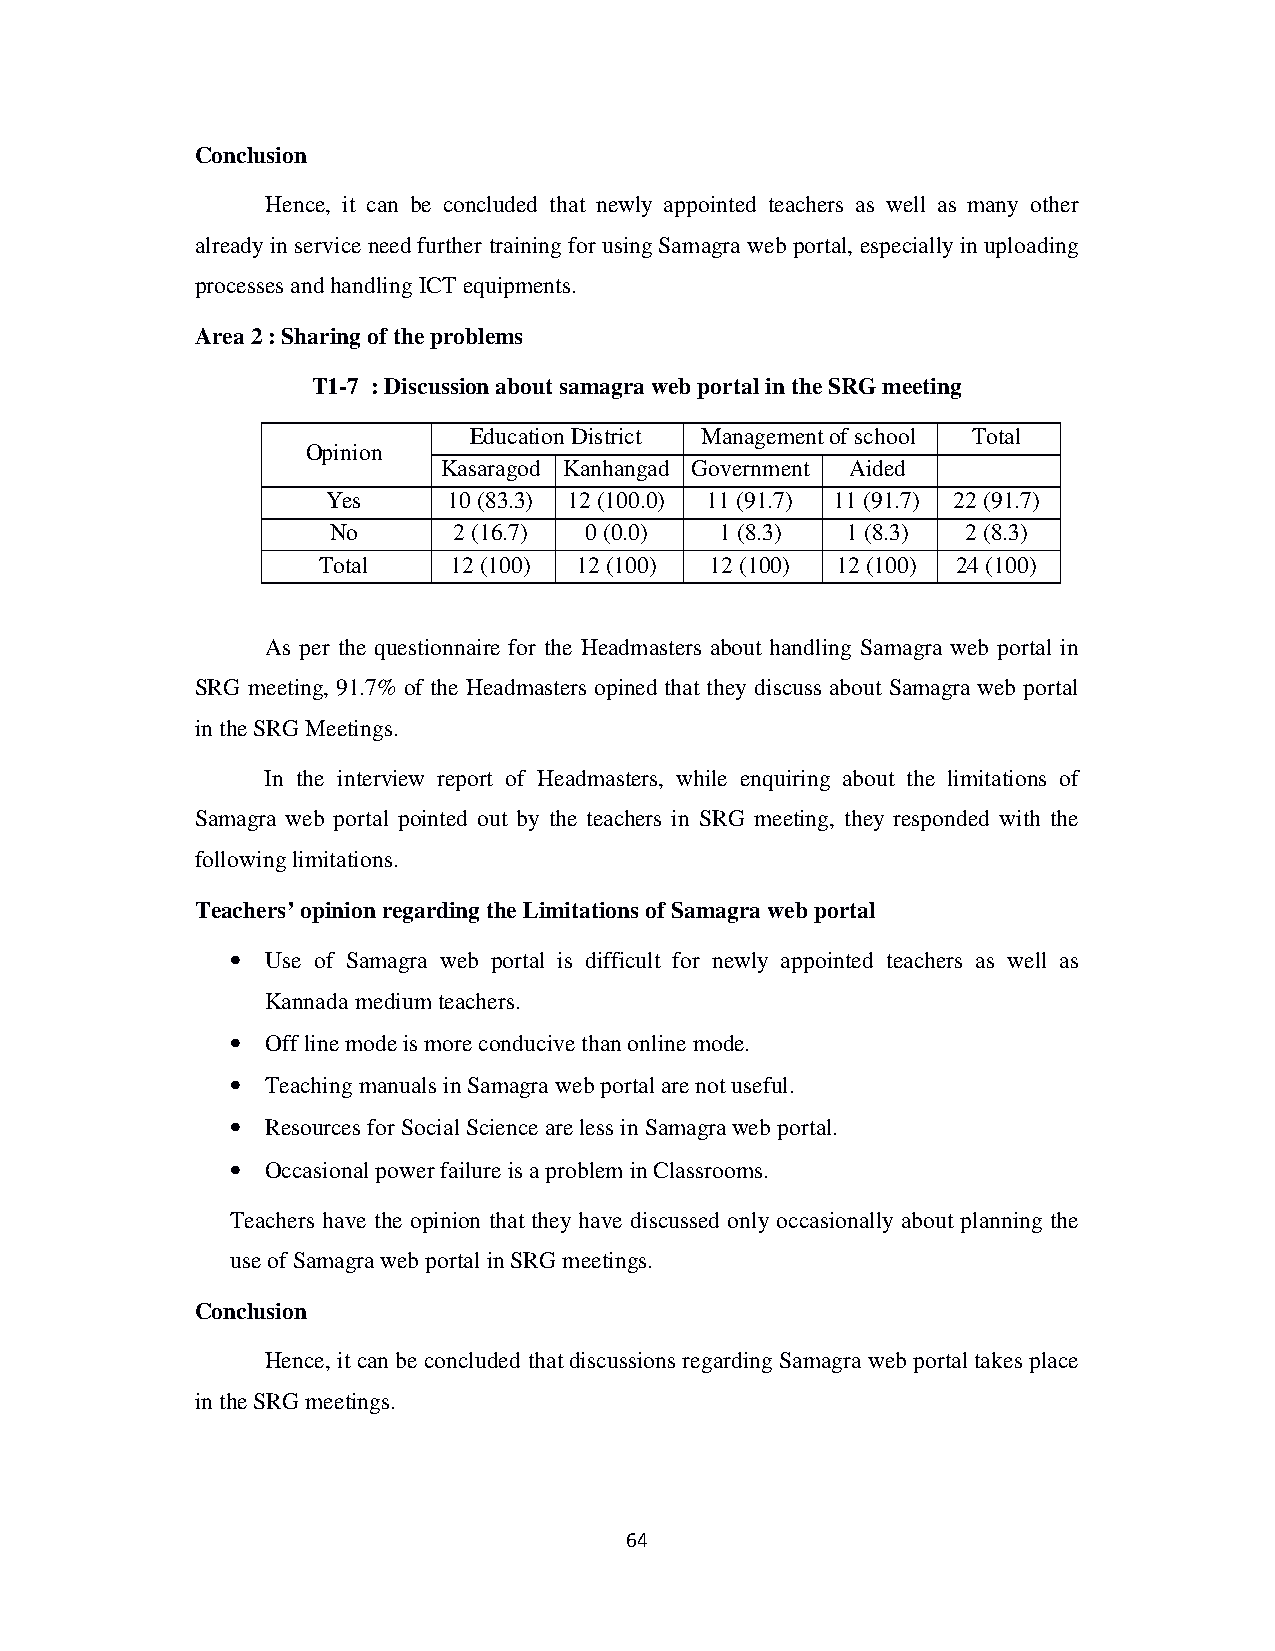
Conclusion
 Hence, it can be concluded that newly appointed teachers as well as many other
 already in service need further training for using Samagra web portal, especially in uploading
 processes and handling ICT equipments.
 Area 2 : Sharing of the problems
 T1-7 : Discussion about samagra web portal in the SRG meeting
 Education District Management of school Total
 Opinion
 Kasaragod Kanhangad Government Aided
 Yes     10 (83.3) 12 (100.0) 11 (91.7) 11 (91.7) 22 (91.7)
 No      2 (16.7) 0 (0.0)  1 (8.3) 1 (8.3) 2 (8.3)
 Total    12 (100) 12 (100) 12 (100) 12 (100) 24 (100)
 As per the questionnaire for the Headmasters about handling Samagra web portal in
 SRG meeting, 91.7% of the Headmasters opined that they discuss about Samagra web portal
 in the SRG Meetings.
 In the interview report of Headmasters, while enquiring about the limitations of
 Samagra web portal pointed out by the teachers in SRG meeting, they responded with the
 following limitations.
 Teachers’ opinion regarding the Limitations of Samagra web portal
 •  Use of Samagra web portal is difficult for newly appointed teachers as well as
 Kannada medium teachers.
 •  Off line mode is more conducive than online mode.
 •  Teaching manuals in Samagra web portal are not useful.
 •  Resources for Social Science are less in Samagra web portal.
 •  Occasional power failure is a problem in Classrooms.
 Teachers have the opinion that they have discussed only occasionally about planning the
 use of Samagra web portal in SRG meetings.
 Conclusion
 Hence, it can be concluded that discussions regarding Samagra web portal takes place
 in the SRG meetings.
 64